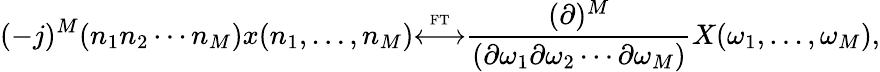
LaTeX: (-j)^{M}(n_{1}n_{2}\cdots n_{M})x(n_{1},\ldots,n_{M}){\overset{\underset{\mathrm{FT}}{}}{\longleftrightarrow}}{\frac{(\partial)^{M}}{(\partial\omega_{1}\partial\omega_{2}\cdots\partial\omega_{M})}}X(\omega_{1},\ldots,\omega_{M}),